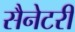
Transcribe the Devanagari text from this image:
सैनेटरी